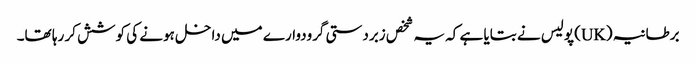
برطانیہ (UK) پولیس نے بتایا ہے کہ یہ شخص زبردستی گرودوارے میں داخل ہونے کی کوشش کر رہا تھا۔